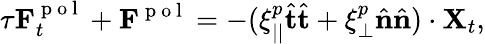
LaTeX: \tau\mathbf{F}_{t}^{\mathrm{~p~o~l~}}+\mathbf{F}^{\mathrm{~p~o~l~}}=-(\xi_{||}^{p}\hat{{\mathbf{t}}}\hat{{\mathbf{t}}}+\xi_{\perp}^{p}\hat{{\mathbf{n}}}\hat{{\mathbf{n}}})\cdot{\mathbf{X}}_{t},